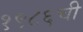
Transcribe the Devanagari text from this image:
१९८६ची